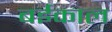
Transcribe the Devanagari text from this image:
बईकाल